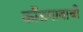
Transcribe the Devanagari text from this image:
कोंडगावाची